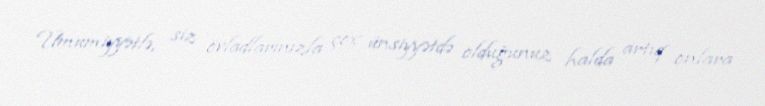
Ümumiyyətlə, siz övladlarınızla çox ünsiyyətdə olduğunuz halda artıq onlara